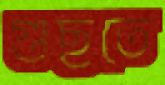
গুছতে